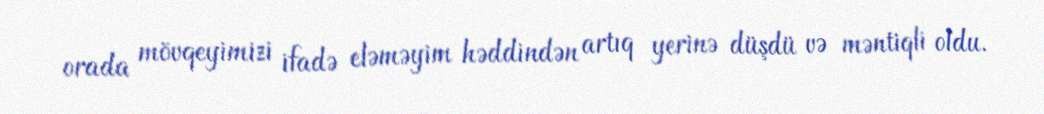
orada mövqeyimizi ifadə eləməyim həddindən artıq yerinə düşdü və məntiqli oldu.